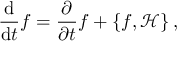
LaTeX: { \frac { \mathrm { d } } { \mathrm { d } t } } f = { \frac { \partial } { \partial t } } f + \left\{ f , { \mathcal { H } } \right\} ,